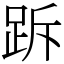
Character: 跅